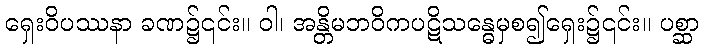
ရှေးဝိပဿနာ ခဏ၌၎င်း။ ဝါ၊ အန္တိမဘဝိကပဋိသန္ဓေမှစ၍ရှေး၌၎င်း။ ပစ္ဆာ